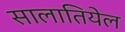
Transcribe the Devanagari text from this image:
सालातियेल